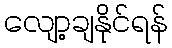
လျော့ချနိုင်ရန်